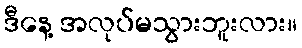
ဒီနေ့ အလုပ်မသွားဘူးလား။